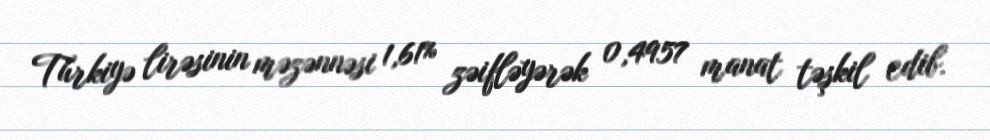
Türkiyə lirəsinin məzənnəsi 1,61% zəifləyərək 0,4957 manat təşkil edib.